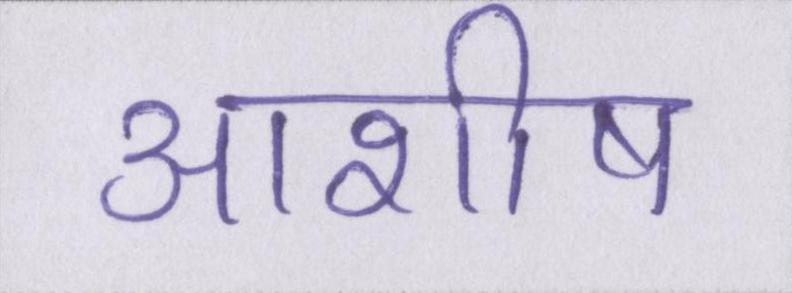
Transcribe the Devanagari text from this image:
आशीष